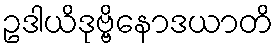
ဥဒါယိဒုဗ္ဗိနောဒယာတိ